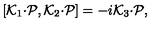
[ { \cal K } _ { 1 } { \cdot { \cal P } } , { \cal K } _ { 2 } { \cdot { \cal P } } ] = - i { \cal K } _ { 3 } { \cdot { \cal P } } ,